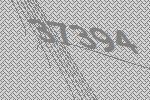
37394